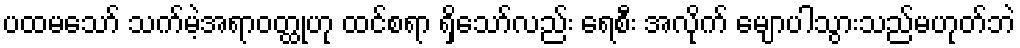
ပထမသော် သက်မဲ့အရာဝတ္ထုဟု ထင်စရာ ရှိသော်လည်း ရေစီး အလိုက် မျောပါသွားသည်မဟုတ်ဘဲ